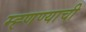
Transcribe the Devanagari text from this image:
म्ह्णण्याची